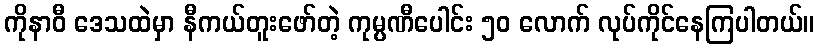
ကိုနာဝီ ဒေသထဲမှာ နီကယ်တူးဖော်တဲ့ ကုမ္ပဏီပေါင်း ၅၀ လောက် လုပ်ကိုင်နေကြပါတယ်။